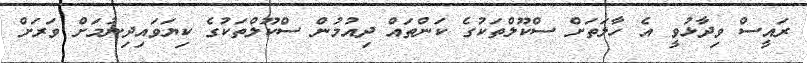
ރައީސް ވިދާޅުވީ އެ ހާލަތަށް ސްކޫލްތަކުގެ ކަންތައް ދިއުމުން ސްކޫލްތަކުގެ ކިޔަވައިދިނުމަށް ވަރަށް